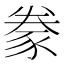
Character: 豢